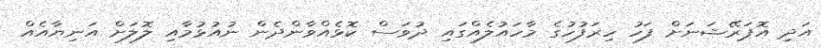
އަދި އޮޕަރޭޝަނަށް ފަހު ހިރަފުހުގެ މާހައުލެއްގައި ދުވަސް ކޮޅެއްވާންދެން ނުއުޅުމާއި ލޮލަށް އަނިޔާއެއް